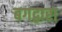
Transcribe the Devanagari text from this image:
बगद्वारा